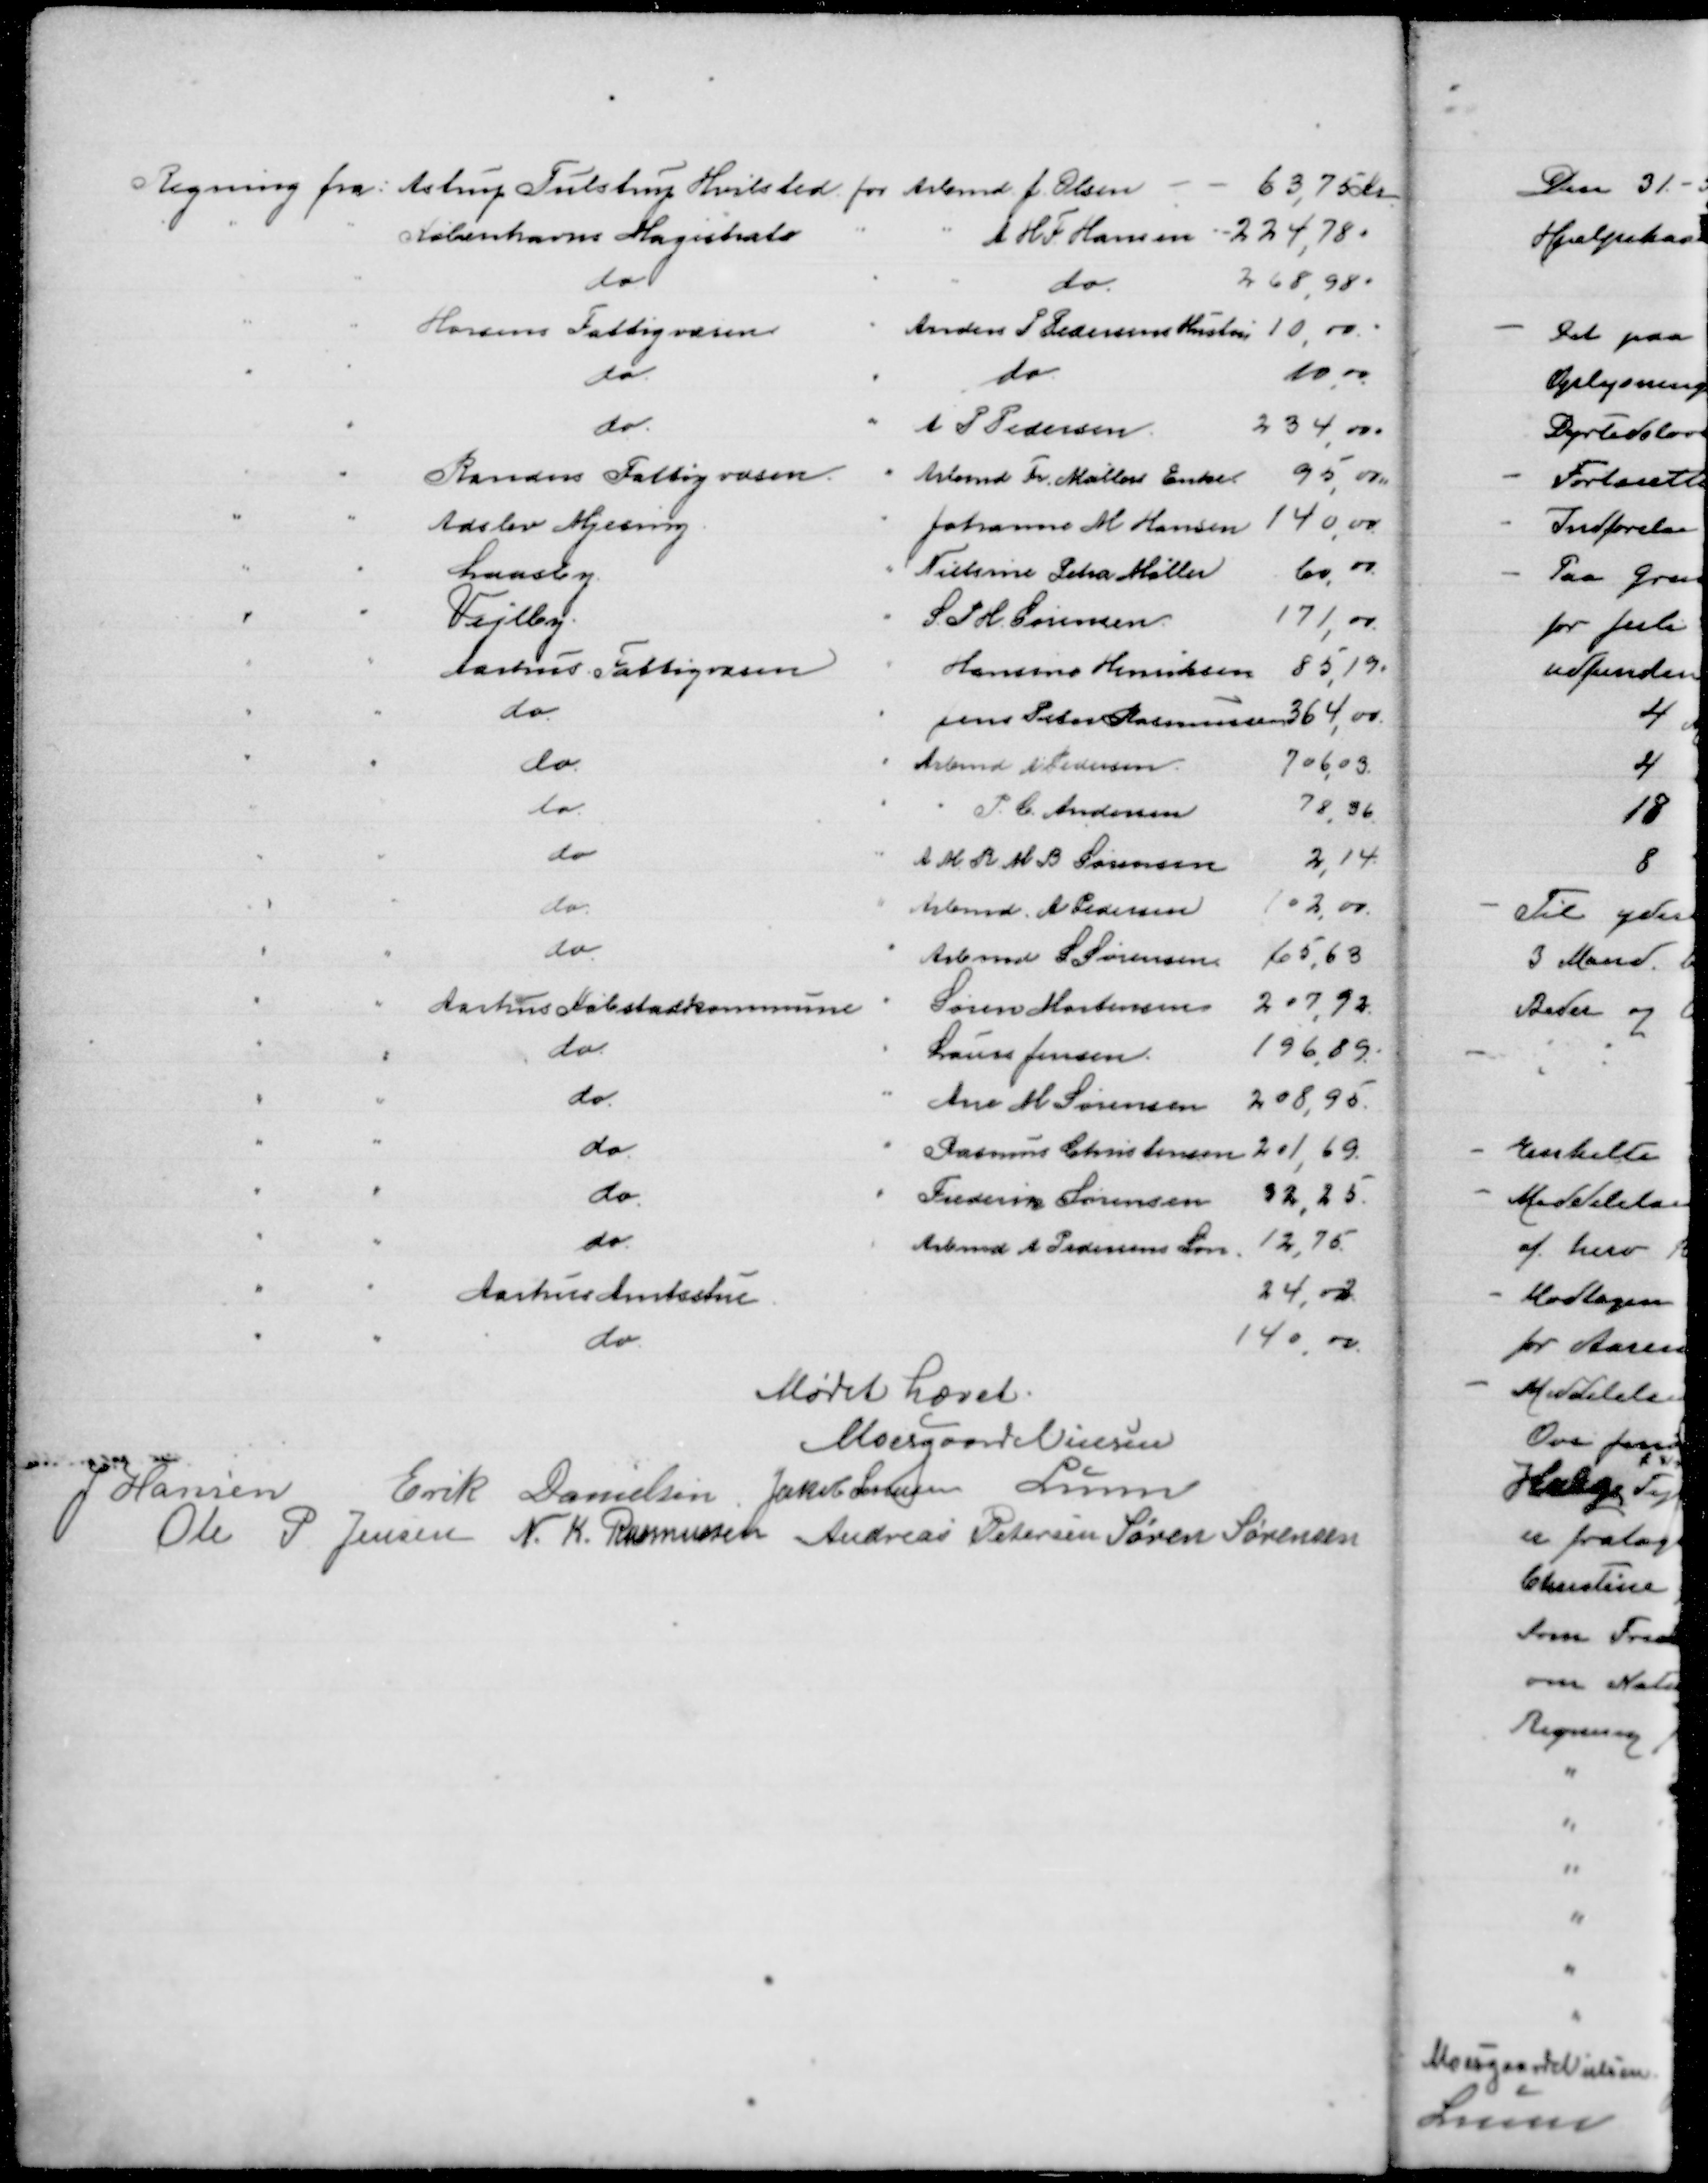
Transskription:
Regning fra Astrup Tulstrup Hvilsted for Arbmd J Olsen
63,750 Kr
"
"
Københavns Magistrat
"
"
A H F Hansen 224,78 "
"
"
do
"
"
do
268,98"
"
"
Horsens Fattigvæsen
"
Anders P Pedersens Hustru 10 ,00 "
"
"
do
"
do
10,00
"
"
do
"
A P Pedersen
234,00"
"
"
Randers Fattigvæsen
" Arbmd Fr Møllers Enke 95,00
"
"
Adslev Mjesing
"
Johanne M Hansen 140,00
"
"
 Laasby
" Nielsine Petra Møller
60,00
"
"

" S P H Sørensen
171,00
"
"
Aarhus Fattigvæsen
"
Hansine Henriksen 85,19 "
"
"
do
"
Jens Peter Rasmussen 364,00
"
"
do
" Arbmd A Pedersen
706,03 
"
"
do
" " P C Andersen
78,56
"
"
do
"
A K R M B Sørensen
2,14
"
"
do
" Arbmd A Pedersen
102,00
"
"
do
" Arbmd S Sørensen
65,63
"
"
Aarhus Købstadskommune " Søren Mortensen 207,92
"
"
do
" Laurs Jensen
196,89
"
"
do
" Ane M Sørensen 208,95
"
"
do
" Rasmus Christensen 201,69
"
"
do
" Frederik Sørensen 32,25
"
"
do
" Arbmd A Pedersens Søn 12,75
"
"
Aarhus Amtsstue
24,02
"
"
do
140,00

Mødet hævet
Moesgaard Nielsen
J Hansen
Erik Danielsen
Jakob Sørensen
Lunn
Ole P Jensen
N K Rasmussen
Andreas Petersen Søren Sørensen